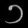
Digit: ၁